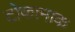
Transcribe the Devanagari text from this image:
टोकामाक